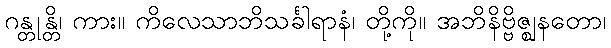
ဂန္တုန္တိ၊ ကား။ ကိလေသာဘိသင်္ခါရာနံ၊ တို့ကို။ အဘိနိဗ္ဗိဇ္ဈနတော၊